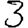
Digit: 3